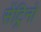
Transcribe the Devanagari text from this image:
सेंट्रिनो